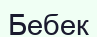
Бебек